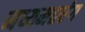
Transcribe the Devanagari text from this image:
मध्यमतरंग